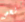
شخص